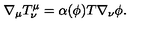
\nabla _ { \mu } T _ { \nu } ^ { \mu } = \alpha ( \phi ) T \nabla _ { \nu } \phi .